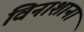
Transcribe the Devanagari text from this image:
विनाशानां